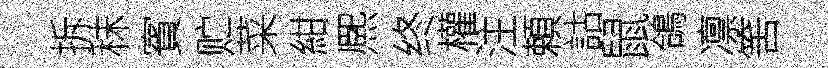
拆秣賓贮菜紺熈终權注頼詁鼠鴿凛筈